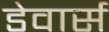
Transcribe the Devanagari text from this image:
डेवार्स